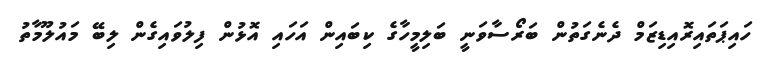
ހައިޕަތައިރޮއިޑިޒަމް ދެނެގަތުން ބަރޯސާވަނީ ބަލިމީހާގެ ކިބައިން އަހައި އޮޅުން ފިލުވައިގެން ލިބޭ މައުލޫމާތު